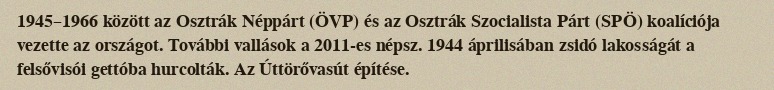
1945–1966 között az Osztrák Néppárt (ÖVP) és az Osztrák Szocialista Párt (SPÖ) koalíciója vezette az országot. További vallások a 2011-es népsz. 1944 áprilisában zsidó lakosságát a felsővisói gettóba hurcolták. Az Úttörővasút építése.